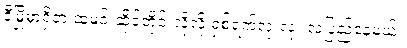
ဒီမြို့မှာရှိတဲ့ ထမင်းဆိုင်တိုင်းလိုလို ရှစ်ရက်လုံးလုံး လူပြည့်နေမယ်။